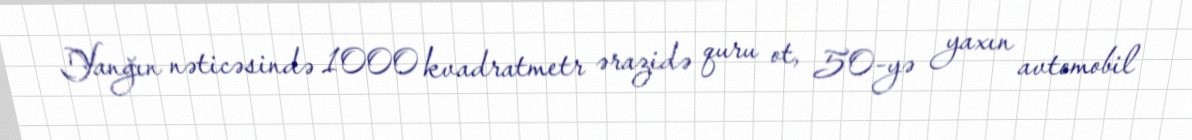
Yanğın nəticəsində 1000 kvadratmetr ərazidə quru ot, 50-yə yaxın avtomobil